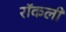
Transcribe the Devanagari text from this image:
रॉकली